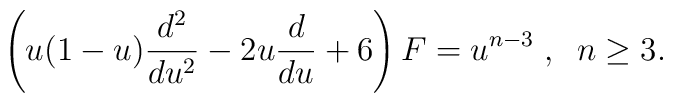
\left(u(1-u)\frac{d^2}{du^2}-2u\frac{d}{du}+6\right)F=u^{n-3}\;,\;\;n\geq 3.